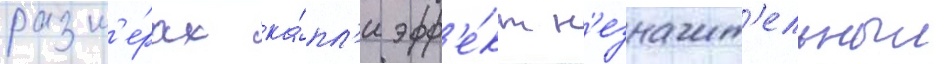
разм'е́рах ка́пл'и эфф'е́кт н'езначит'ельныи